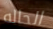
الحاله